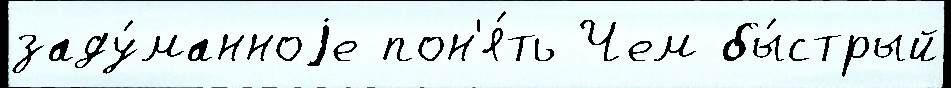
заду́манноjе пон'я́ть Чем бы́стрый